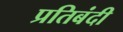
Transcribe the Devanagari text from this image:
प्रतिबंदी